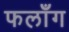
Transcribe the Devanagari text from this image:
फलाँग